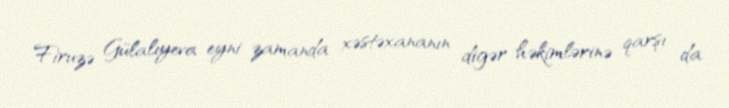
Firuzə Gülalıyeva eyni zamanda xəstəxananın digər həkimlərinə qarşı da